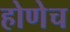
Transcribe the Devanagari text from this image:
होणेच